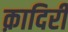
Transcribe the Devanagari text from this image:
क़ादिरी